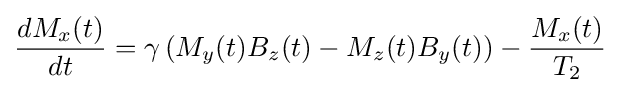
{\frac {dM_{x}(t)}{dt}}=\gamma \left(M_{y}(t)B_{z}(t)-M_{z}(t)B_{y}(t)\right)-{\frac {M_{x}(t)}{T_{2}}}